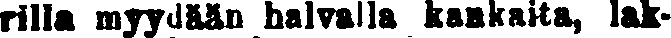
rilla myydään halvalla kankaita, lak-